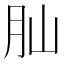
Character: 𦘹